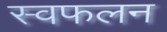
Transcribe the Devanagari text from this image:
स्वफलन